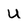
Character: U